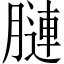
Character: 𦟪